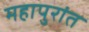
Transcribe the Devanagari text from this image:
महापुरांत